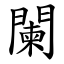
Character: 闌